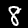
Label: 8